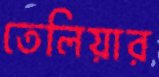
তেলিয়ার